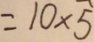
= 1 0 \times 5